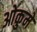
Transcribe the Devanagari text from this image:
ओकुमे